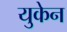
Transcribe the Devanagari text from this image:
युकेन